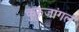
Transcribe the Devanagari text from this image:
कुरुजांगल